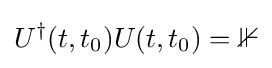
U^{\dagger }(t,t_{0})U(t,t_{0})=\mathbb {1}